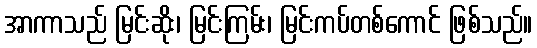
အာကာသည် မြင်းဆိုး၊ မြင်းကြမ်း၊ မြင်းကပ်တစ်ကောင် ဖြစ်သည်။